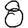
Digit: 8